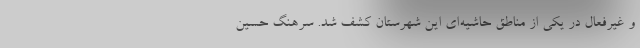
و غیرفعال در یکی از مناطق حاشیه‌ای این شهرستان کشف شد. سرهنگ حسین